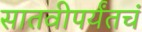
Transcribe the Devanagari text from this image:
सातवीपर्यंतचं